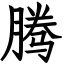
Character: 腾